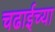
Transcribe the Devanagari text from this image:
चढाईच्या